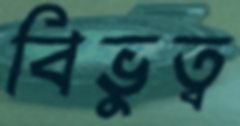
বিভুত্ব